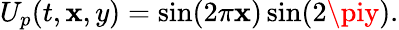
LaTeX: U_{p}(t,\mathbf{x},y)=\sin(2\pi\mathbf{x})\sin(2\piy).